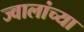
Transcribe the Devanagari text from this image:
ज्वालांच्या